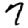
Digit: 7